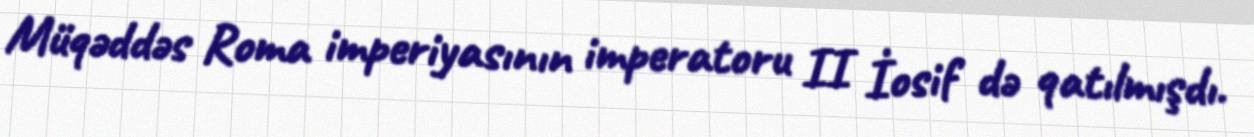
Müqəddəs Roma imperiyasının imperatoru II İosif də qatılmışdı.